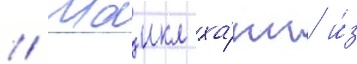
// Маикл ха́нн и́з